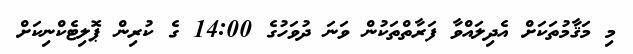
މި މަޤާމުތަކަށް އެދިލައްވާ ފަރާތްތަކުން ވަނަ ދުވަހުގެ 14:00 ގެ ކުރިން ޕޮލިޓެކްނިކަށް